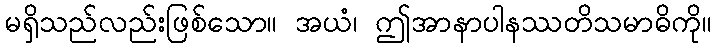
မရှိသည်လည်းဖြစ်သော။ အယံ၊ ဤအာနာပါနဿတိသမာဓိကို။